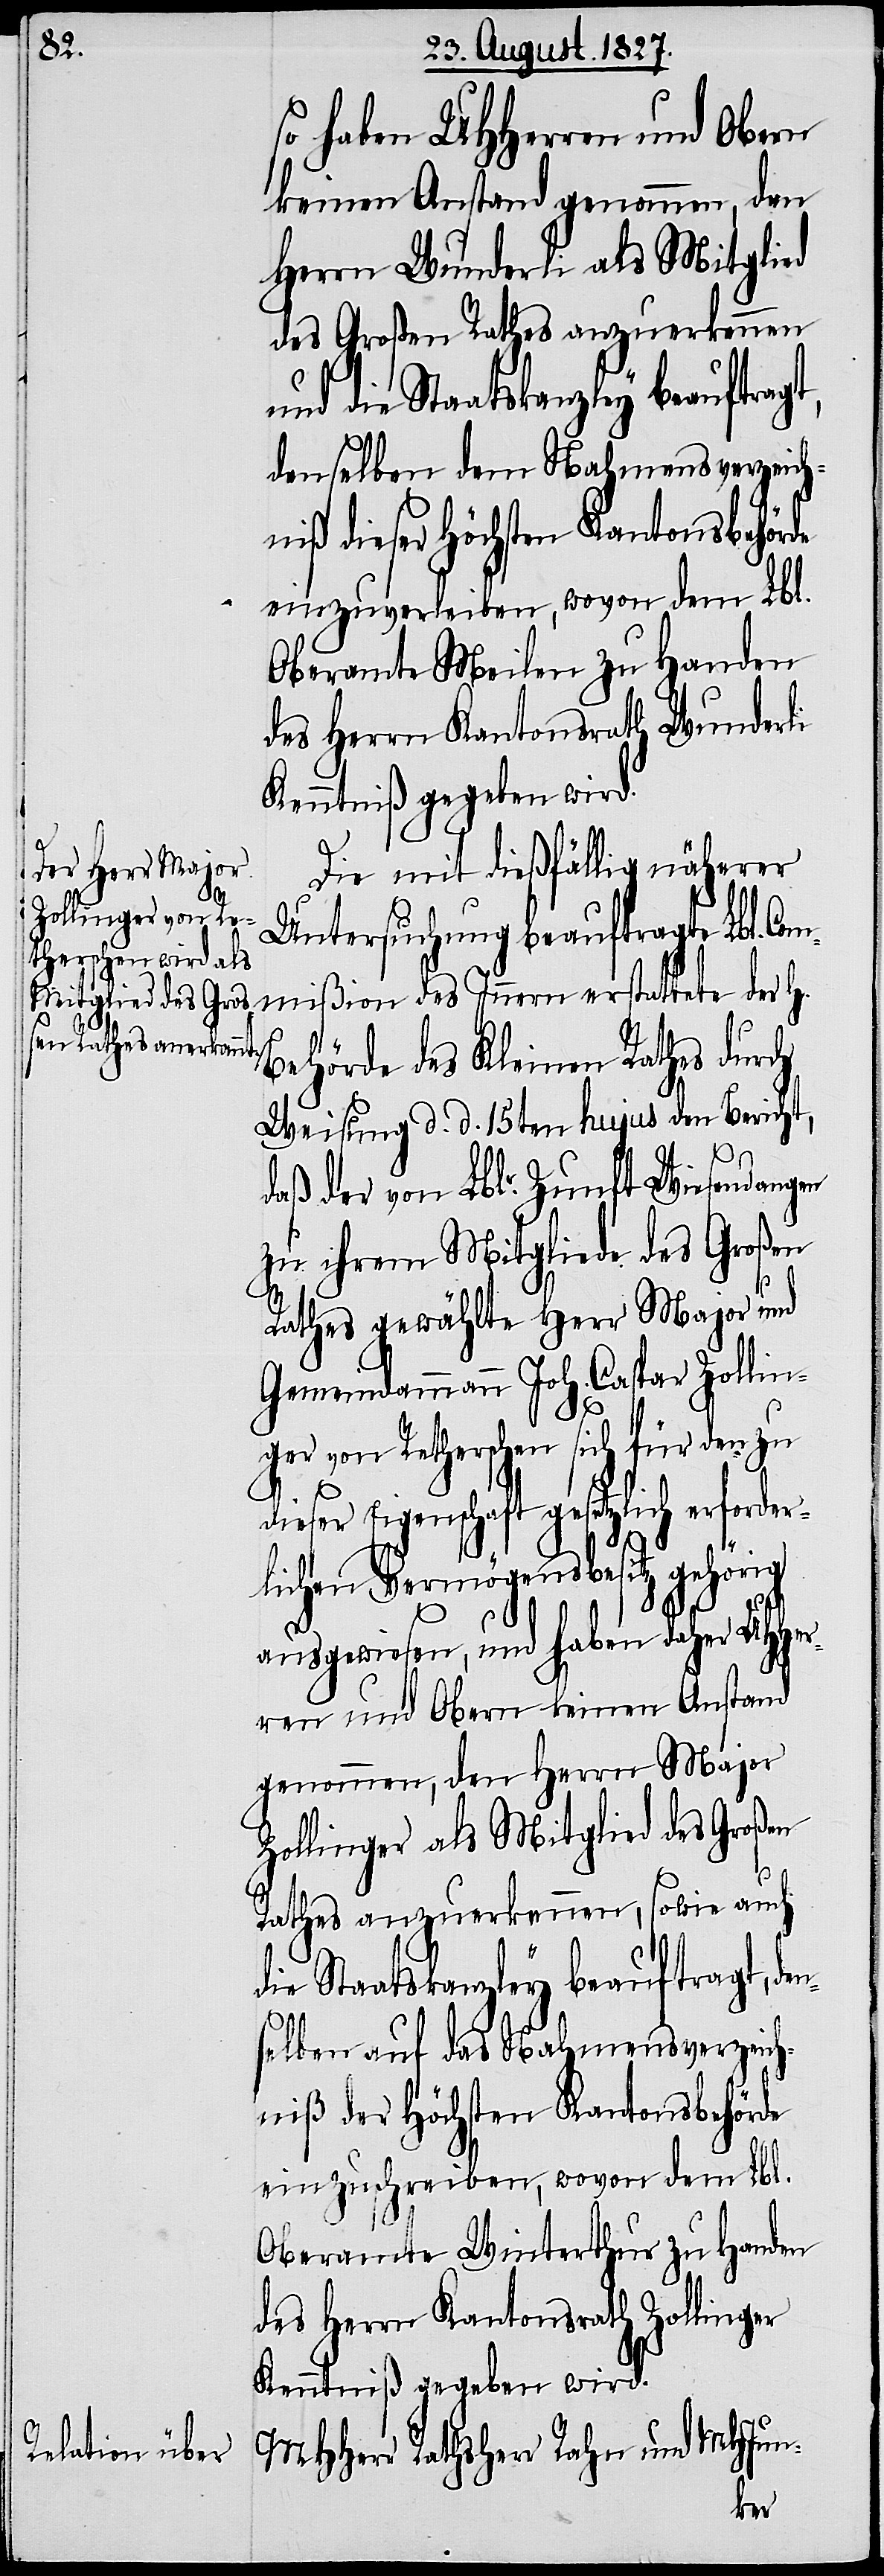
so haben UHHerren und Obern
keinen Anstand genommen, den
Herrn Wunderli als Mitglied
des Großen Rathes anzuerkennen
und die Staatskanzley beauftragt,
denselben dem Nahmensverzeich¬
niß dieser Höchsten Kantonsbehörde
einzuverleiben, wovon dem Lbl.
Oberamte Meilen zu Handen
des Herrn Kantonsrath Wunderli
Kenntniß gegeben wird.
Die mit dießfällig näherer
Untersuchung beauftragte Lbl. Com¬
mißion des Innern erstattete der H.
Behörde des Kleinen Rathes durch
Weisung d. d. 15ten hujus den Bericht,
daß der von Lblr. Zunft Wiesendangen
zu ihrem Mitgliede des Großen
Rathes gewählte Herr Major und
Gemeindammann Joh. Caspar Zollin¬
ger von Retherschen sich für den zu
Eigenschaft gesetzlich erfor¬
lichen Vermögensbesitz gehörig
ausgewiesen, und haben daher UHHer¬
ren und Obern keinen Anstand
genommen, den Herrn Major
Zollinger als Mitglied des Großen
Rathes anzuerkennen, sowie auch
die Staatskanzley beauftragt, de¬
n¬
selben auf das Nahmensverzeich¬
niß der Höchsten Kantonsbehörde
einzuschreiben, wovon dem Lbl.
Oberamte Winterthur zu Handen
des Herrn Kantonsrath Zollinger
Kenntniß gegeben wird.
MHHerr Rathsherr Rahn und MHJun-
der¬